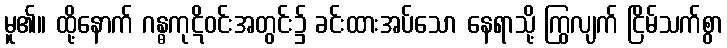
မူ၏။ ထို့နောက် ဂန္ဓကုဋိဝင်းအတွင်း၌ ခင်းထားအပ်သော နေရာသို့ ကြွလျက် ငြိမ်သက်စွာ